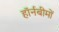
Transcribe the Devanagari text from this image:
हॉर्नबीमों